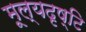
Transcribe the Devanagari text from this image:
मूल्यदृष्टि